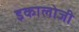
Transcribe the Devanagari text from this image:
इकालोजी